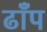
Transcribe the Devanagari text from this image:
ढाँप